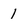
Character: 1